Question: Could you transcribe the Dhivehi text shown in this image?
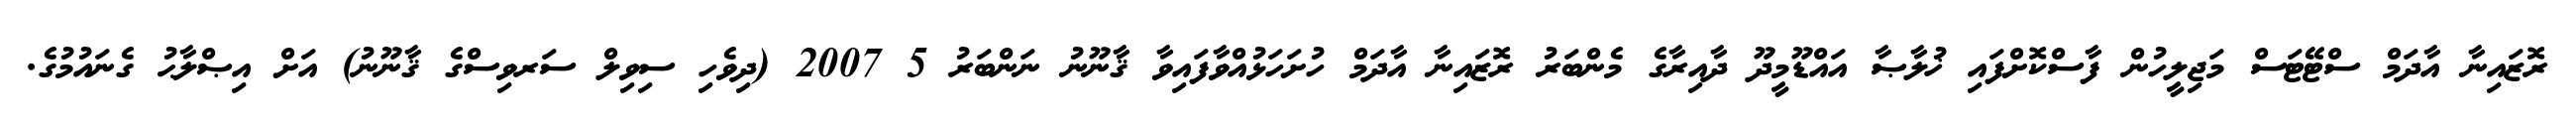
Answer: ރޮޒައިނާ އާދަމް ސްޓޭޓަސް މަޖިލީހުން ފާސްކޮށްފައި ޚުލާޞާ އައްޑޫމީދޫ ދާއިރާގެ މެންބަރު ރޮޒައިނާ އާދަމް ހުށަހަޅުއްވާފައިވާ ޤާނޫނު ނަންބަރު 5 2007 (ދިވެހި ސިވިލް ސަރވިސްގެ ޤާނޫނު) އަށް އިޞްލާޙު ގެނައުމުގެ.